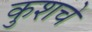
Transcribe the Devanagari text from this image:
कुशचे